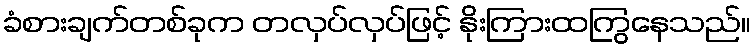
ခံစားချက်တစ်ခုက တလှပ်လှပ်ဖြင့် နိုးကြားထကြွနေသည်။